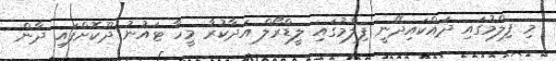
މި ފިލްމުގައި ދައްކައިދޭނީ ފިލްމުގައި ލީޑްރޯލް އަދާކުރާ މީހާ ޓައުނު ދޫކޮށްފައި ދާން